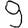
Digit: 9